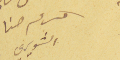
كرم حنا الشويري